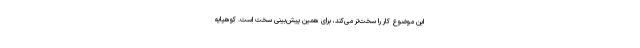
این موضوع کار را سخت‌تر می‌کند، برای همین پیش‌بینی سخت است. کوهپایه